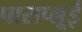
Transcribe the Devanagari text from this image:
पाराप्लूई